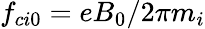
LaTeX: f_{ci0}=eB_{0}/2\pi m_{i}